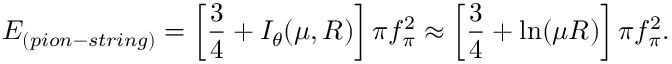
E _ { ( p i o n - s t r i n g ) } = \left[ \frac { 3 } { 4 } + I _ { \theta } ( \mu , R ) \right] \pi f _ { \pi } ^ { 2 } \approx \left[ \frac { 3 } { 4 } + \ln ( \mu R ) \right] \pi f _ { \pi } ^ { 2 } .